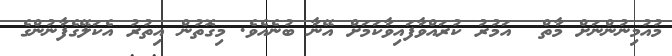
މުއުމިނުންނަށް މާތް  އަމުރު ކުރައްވާފައިވާކަމަށް އޭނާ ބުނެއެވެ. މިގޮތުން އިތުރު އެކަލޭގެފާނުންގެ